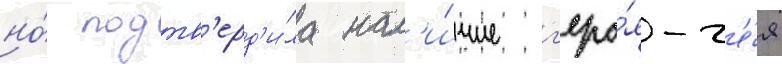
но́ подтв'ерд'и́ла нал'и́чие г'еро́я-г'е́я